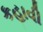
કહાવી